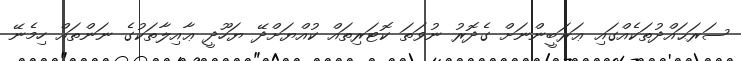
ސަރަޙައްދުތަކެއްގައި ޢަރަބީންނަށް ގެދޮރު ނުވަތަ ކޮޓަރިތައް ކުއްޔަށްދޭ ޔަހޫދީ ޢާއިލާތަކުގެ ނަންތައް ހިމެނޭ